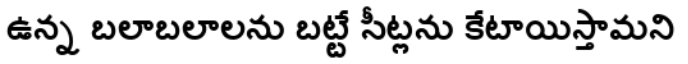
ఉన్న బలాబలాలను బట్టే సీట్లను కేటాయిస్తామని